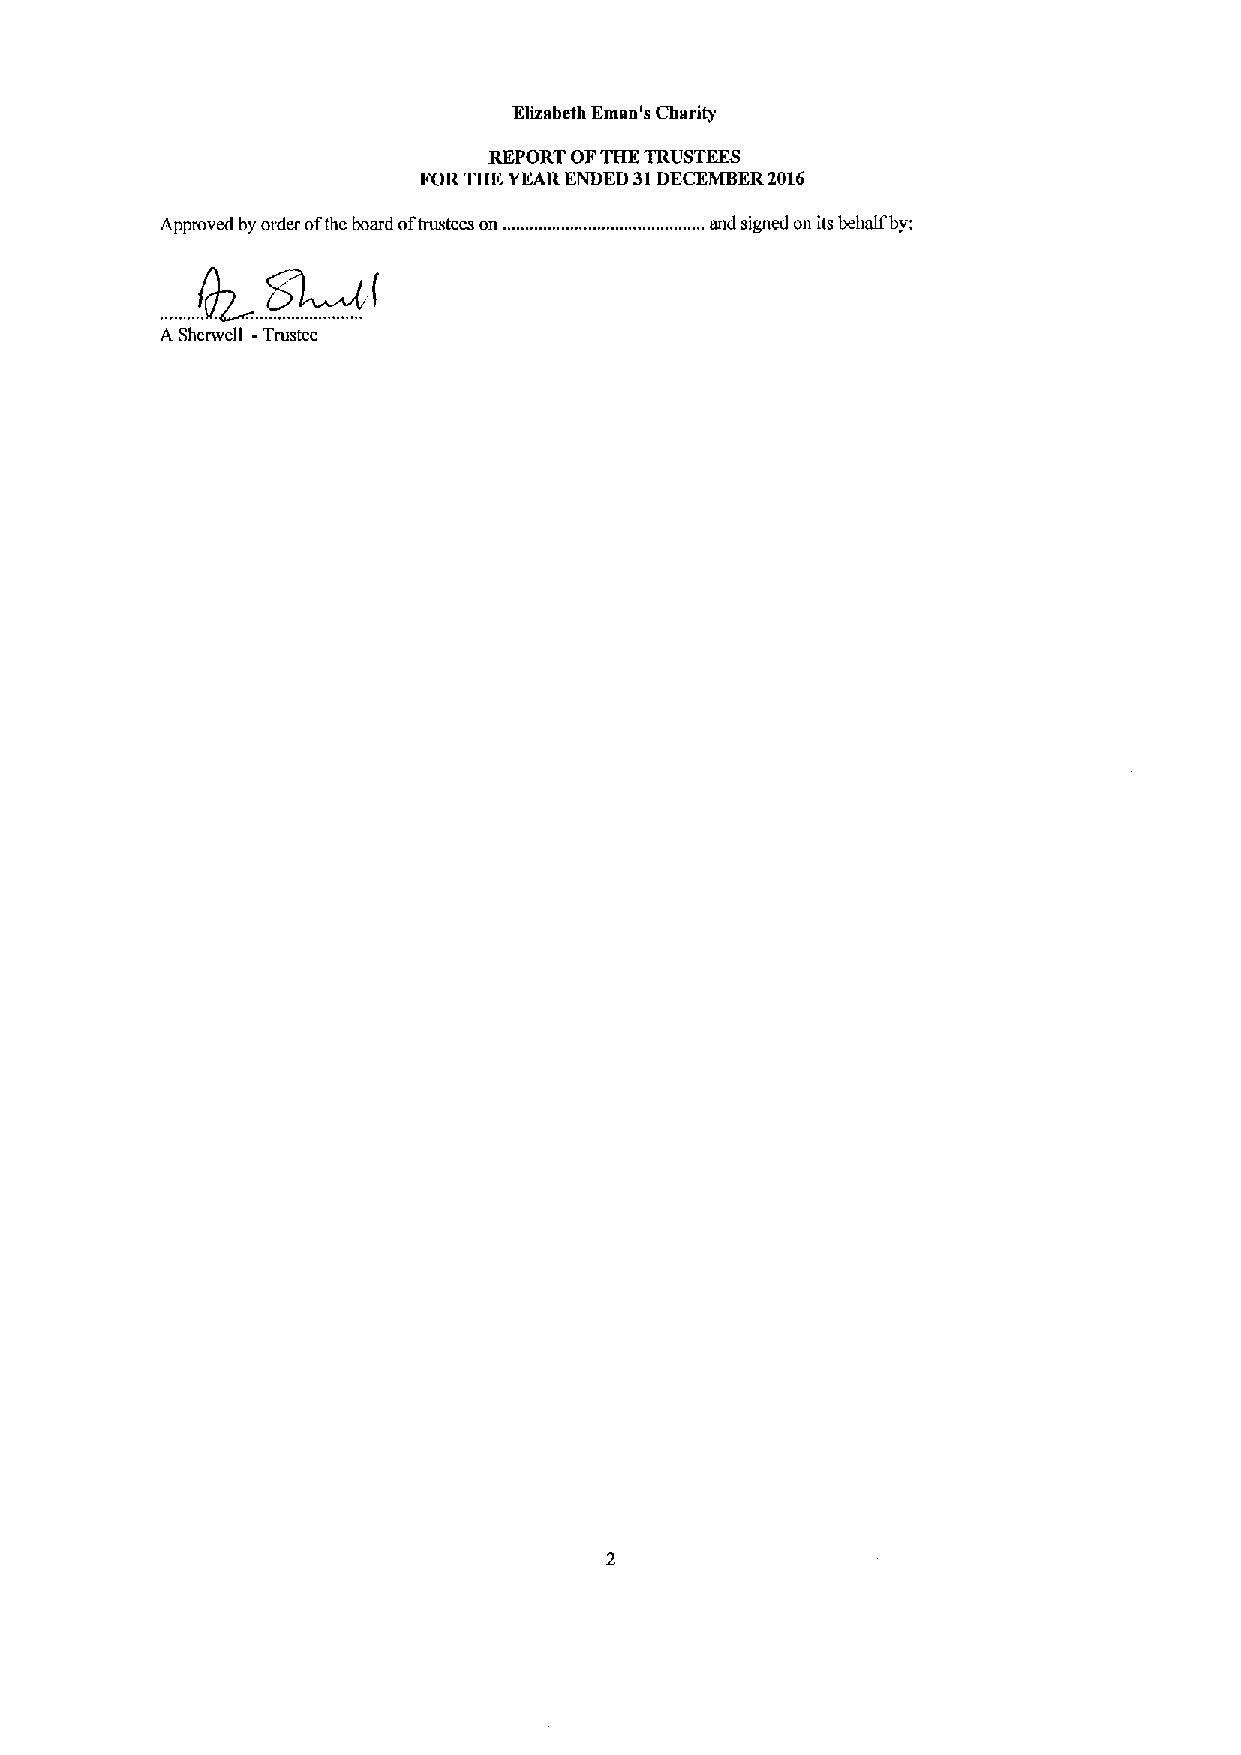
Elizabeth Eman's Charity
 REPORT OFTBKTRUSTEES
 FORTHK YEARENDED 31DECEMBER2016
 Approved by order ofthe board oftrustees on ...and signed on its behalf by:
 A Sherwell -Trustee